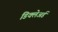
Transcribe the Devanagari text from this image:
डिक्‍लेअर्ड